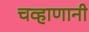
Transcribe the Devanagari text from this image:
चव्हाणानी